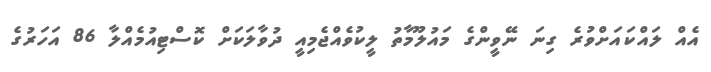
އެއް ލައްކައަށްވުރެ ގިނަ ނޭވީންގެ މައުލޫމާތު ލީކުވެއްޖެމިއީ ދުވާލަކަށް ކޮސްޓިއުމެއްލާ 86 އަހަރުގެ